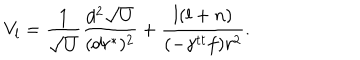
LaTeX: V _ { l } = { \frac { 1 } { \sqrt { U } } } { \frac { d ^ { 2 } \sqrt { U } } { ( d r ^ { * } ) ^ { 2 } } } + { \frac { l ( l + n ) } { ( - \gamma ^ { t t } f ) r ^ { 2 } } } .